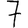
Digit: 7